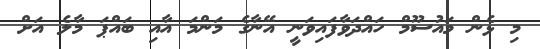
މި ޅެން މައުސޫމް ހައްދަވާފައިވަނީ އޭނާގެ މަންމަ އާއި ބައްޕަ މާލެ އަށް